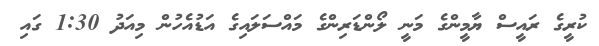
ކުރީގެ ރައީސް ޔާމީންގެ މަނީ ލޯންޑަރިންގެ މައްސަލައިގެ އަޑުއެހުން މިއަދު 1:30 ގައި